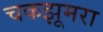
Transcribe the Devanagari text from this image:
चकझूमरा